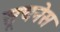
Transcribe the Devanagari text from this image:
सूचनेस